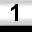
Digit: 1